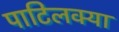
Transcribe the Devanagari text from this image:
पाटिलक्या